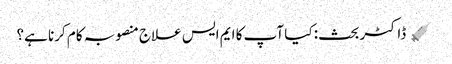
﻿ 💉 ڈاکٹر بحث: کیا آپ کا ایم ایس علاج منصوبہ کام کرنا ہے؟